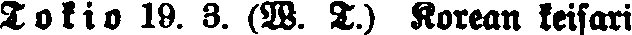
Tokio 19. 3. (W. T.) Korean keisari